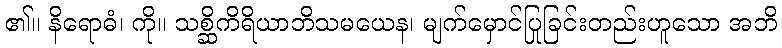
၏။ နိရောဓံ၊ ကို။ သစ္ဆိကိရိယာဘိသမယေန၊ မျက်မှောင်ပြုခြင်းတည်းဟူသော အဘိ